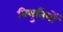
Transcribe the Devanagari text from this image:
बिभुतियों